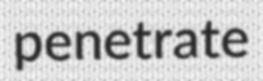
penetrate